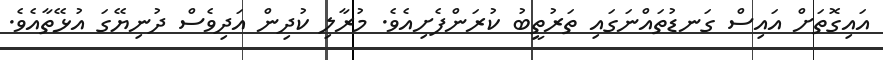
އައިގޮތަށް އައިސް ގަނޑުތައްނަގައި ތަރުތީބު ކުރަންފެށިއެވެ. މުރާލި ކުދިން އަދިވެސް ދުނިޔޭގަ އުޅޭތާއެވެ.